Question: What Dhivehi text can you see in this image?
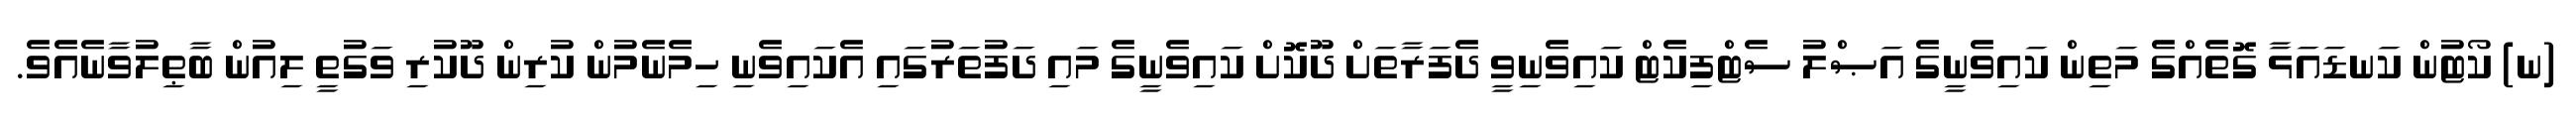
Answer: (ނ) ކޯޓުން ކަނޑައަޅާ ގޮތެއްގެ މަތިން ކައިވެނީގެ އަޞްލު ސެޓްފިކެޓް ކައިވެނިވީ ދެފަރާތަށް ދޫކޮށް ކައިވެނީގެ މައި ދަފުތަރުގައި އެކައިވެނި ހިމެނެމުން ކުރިން ދޫކުރި ވަގުތީ ލިއުން ބާޠިލުވާނެއެވެ.